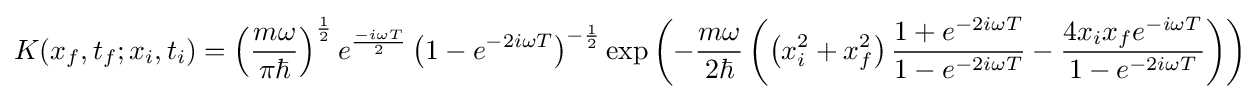
K(x_{f},t_{f};x_{i},t_{i})=\left({\frac {m\omega }{\pi \hbar }}\right)^{\frac {1}{2}}e^{\frac {-i\omega T}{2}}\left(1-e^{-2i\omega T}\right)^{-{\frac {1}{2}}}\exp {\left(-{\frac {m\omega }{2\hbar }}\left(\left(x_{i}^{2}+x_{f}^{2}\right){\frac {1+e^{-2i\omega T}}{1-e^{-2i\omega T}}}-{\frac {4x_{i}x_{f}e^{-i\omega T}}{1-e^{-2i\omega T}}}\right)\right)}